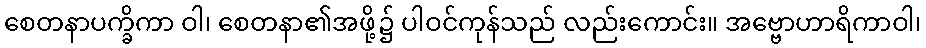
စေတနာပက္ခိကာ ဝါ၊ စေတနာ၏အဖို့၌ ပါဝင်ကုန်သည် လည်းကောင်း။ အဗ္ဗောဟာရိကာဝါ၊